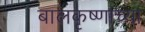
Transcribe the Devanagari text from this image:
बालकृष्णाच्या